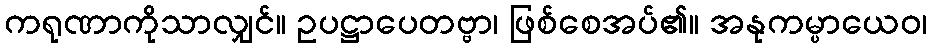
ကရုဏာကိုသာလျှင်။ ဥပဋ္ဌာပေတဗ္ဗာ၊ ဖြစ်စေအပ်၏။ အနုကမ္ပာယေဝ၊